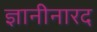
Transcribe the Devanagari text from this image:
ज्ञानीनारद